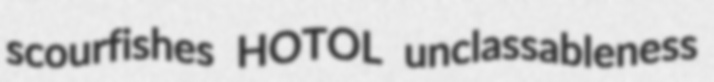
scourfishes HOTOL unclassableness